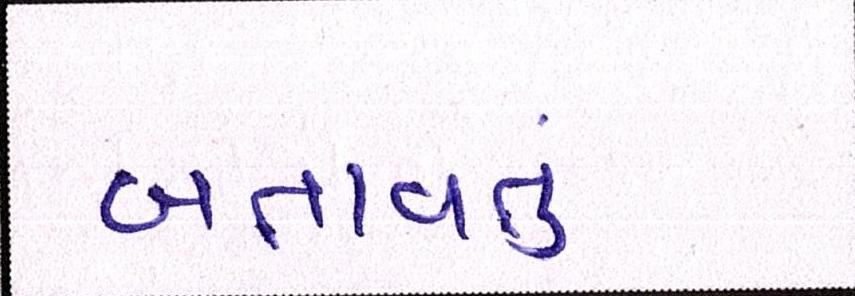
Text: બતાવતું